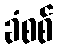
ခံစစ်